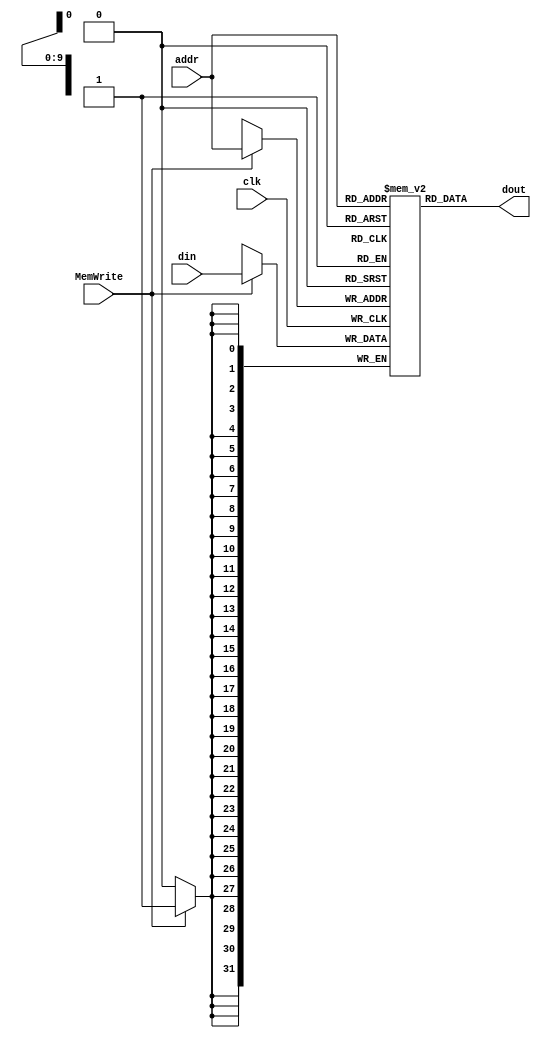
`timescale 1ns / 1ps
//////////////////////////////////////////////////////////////////////////////////
// Company: 
// Engineer: 
// 
// Design Name: 
// Module Name:    DM 
// Project Name: 
// Target Devices: 
// Tool versions: 
// Description: 
//
// Dependencies: 
//
// Revision: 
// Revision 0.01 - File Created
// Additional Comments: 
//
//////////////////////////////////////////////////////////////////////////////////
module DM(
    input [11:2] addr, 
    input [31:0] din,  //32bit input data
    input MemWrite,         //
    input clk,				
    output [31:0] dout	//32-bit memory output
    );
	 integer i;
	 reg [31:0] dm [1023:0];
	 
	 
	 initial begin
	 for(i=0;i<1024;i=i+1) begin
		 dm[i]=32'b0;
	 end
//	 $readmemb("data.txt",dm); //im
	 end
	 
	 assign dout=dm[addr];
	 always @(posedge clk)
	 begin
	 if(MemWrite) begin
	 dm[addr]=din;
	 end
	 end


endmodule